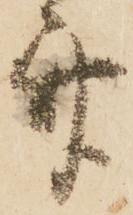
斎